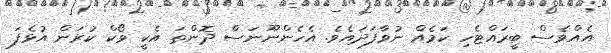
އެއްވެސް ބީރައްޓެހި ކަމެއް ނުވާފަދައެވެ. އެހެންނޫނަސް ދޮންތަ އެކީ ވޯކް ކުރަން އުޅެފަ